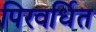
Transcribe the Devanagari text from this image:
पिरवर्धित